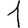
Digit: 1